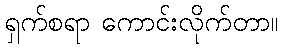
ရှက်စရာ ကောင်းလိုက်တာ။